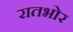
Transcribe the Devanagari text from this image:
रातभोर